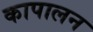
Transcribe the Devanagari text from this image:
कापालन